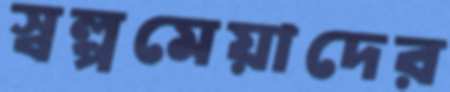
স্বল্পমেয়াদের